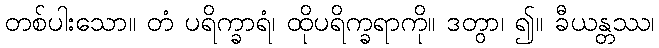
တစ်ပါးသော။ တံ ပရိက္ခာရံ၊ ထိုပရိက္ခရာကို။ ဒတွာ၊ ၍။ ခီယန္တဿ၊